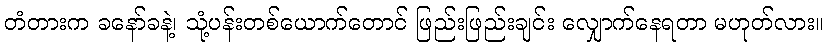
တံတားက ခနော်ခနဲ့၊ သုံ့ပန်းတစ်ယောက်တောင် ဖြည်းဖြည်းချင်း လျှောက်နေရတာ မဟုတ်လား။